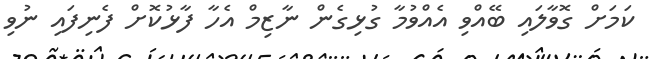
ކަމަށް ގޮވާލައި ބޭއްވި އެއްވުމާ ގުޅިގެން ނާޒިމް އެހާ ފާޅުކޮށް ފެނިފައި ނުވި